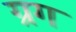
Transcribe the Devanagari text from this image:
ग्रग